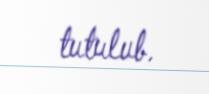
tutulub.